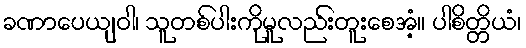
ခဏာပေယျဝါ၊ သူတစ်ပါးကိုမူလည်းတူးစေအံ့။ ပါစိတ္တိယံ၊